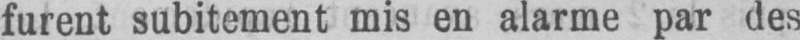
furent subitement mis en alarme par des